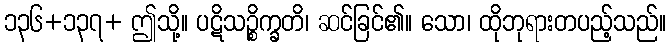
၁၃၆+၁၃၇+ ဤသို့။ ပဋိသဉ္စိက္ခတိ၊ ဆင်ခြင်၏။ သော၊ ထိုဘုရားတပည့်သည်။